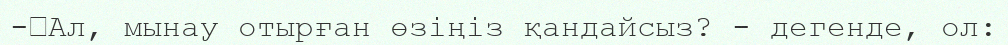
-	Ал, мынау отырған өзіңіз қандайсыз? - дегенде, ол: